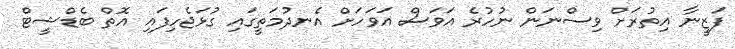
ފަޒީނާ އިތުރަށް ވިސްނަން ނުހުރެ އަވަސް އަވަހަށް އެނދުމަތީގައި ގުޅަޖެހިފައި އޮތް ބެޑްޝީޓް